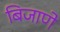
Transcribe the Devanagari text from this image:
बिजाणे